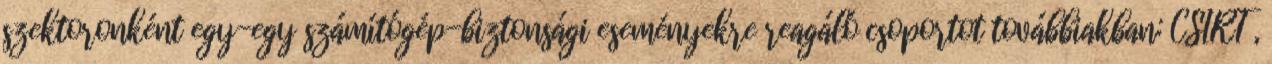
szektoronként egy-egy számítógép-biztonsági eseményekre reagáló csoportot továbbiakban: CSIRT ,